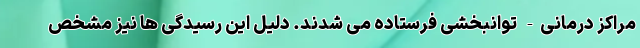
مراکز درمانی- توانبخشی فرستاده می شدند. دلیل این رسیدگی ها نیز مشخص